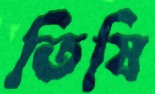
তিষি